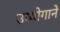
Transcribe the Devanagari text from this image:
उध्योगाने